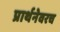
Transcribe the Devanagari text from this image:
प्रार्थनेवरच